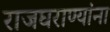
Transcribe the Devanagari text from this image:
राजघराण्यांना